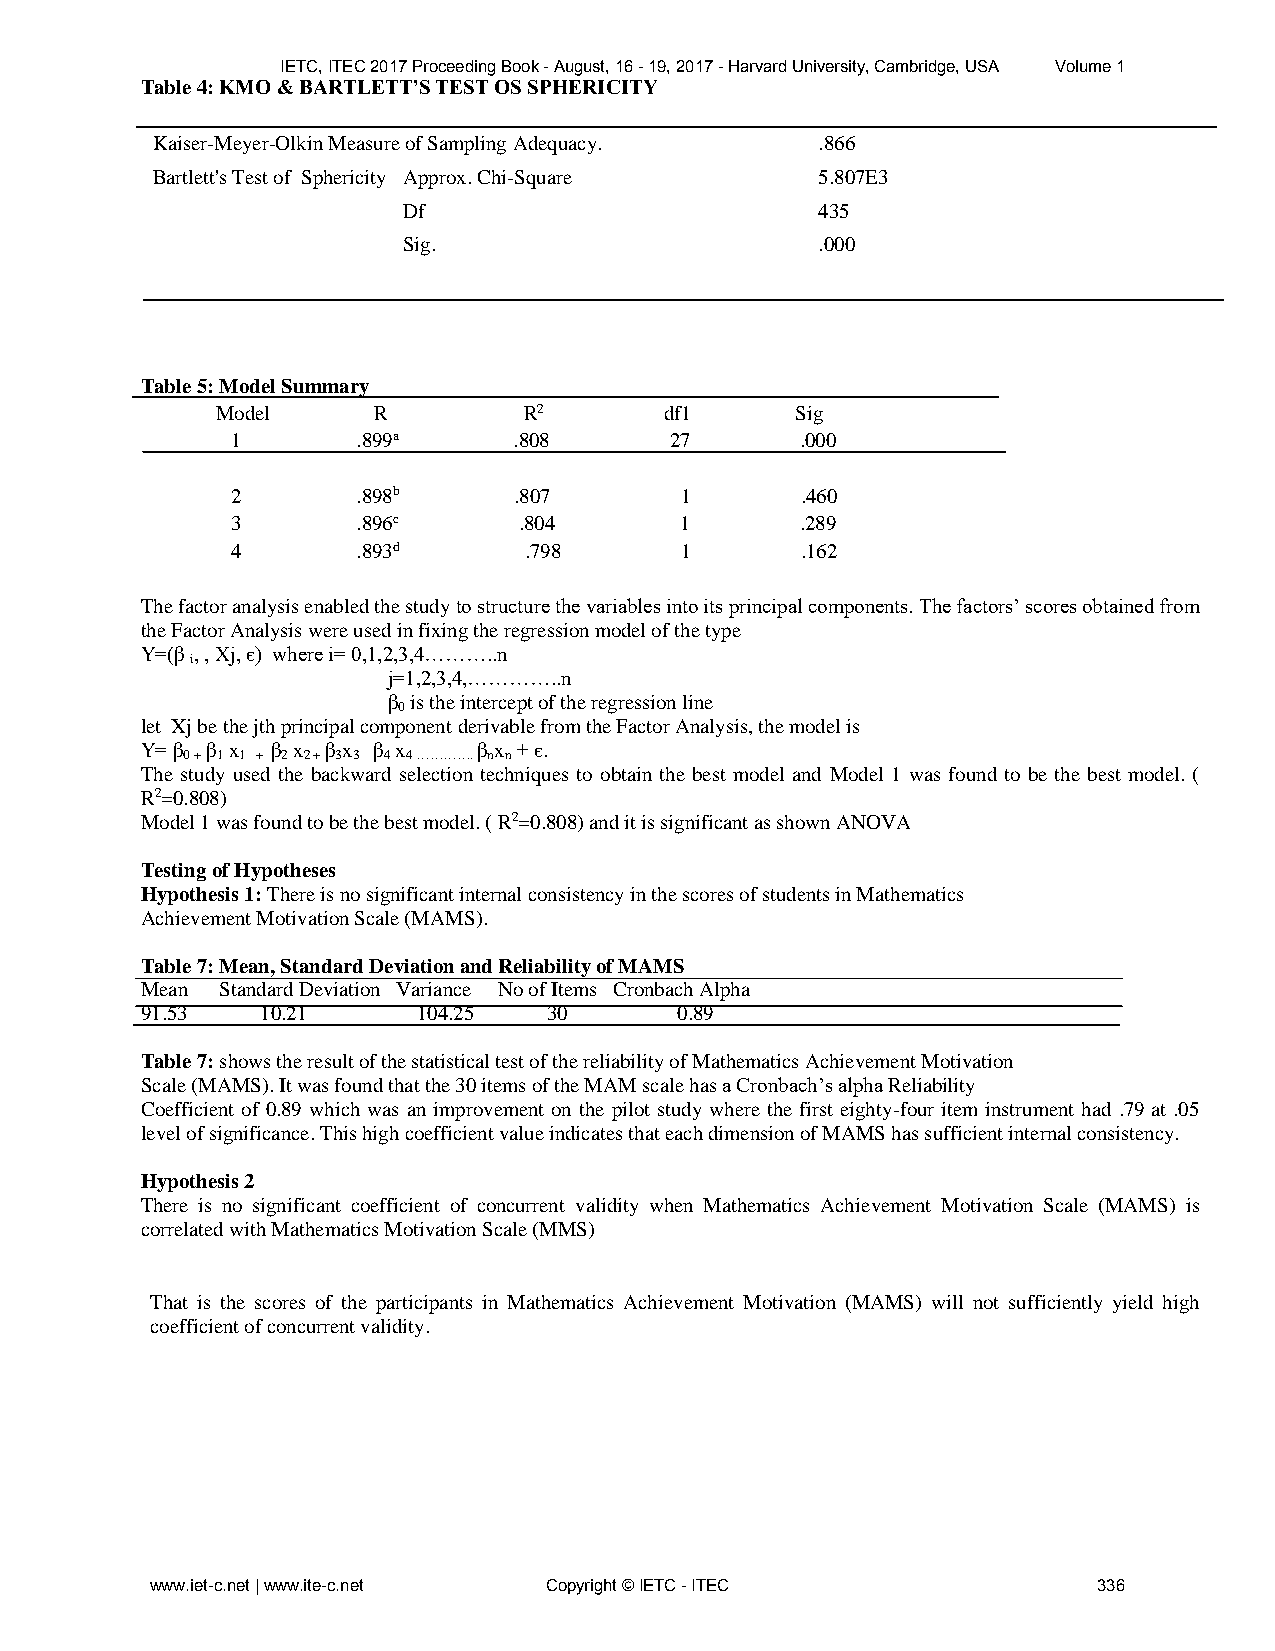
IETC, ITEC 2017 Proceeding Book - August, 16 - 19, 2017 - Harvard University, Cambridge, USA Volume 1
 Table 4: KMO & BARTLETT’S TEST OS SPHERICITY
 Kaiser-Meyer-Olkin Measure of Sampling Adequacy. .866
 Bartlett's Test of Sphericity Approx. Chi-Square 5.807E3
 Df                         435
 Sig.                       .000
 Table 5: Model Summary
 Model      R         R2       df1      Sig
 1        .899a     .808      27       .000
 2        .898b     .807       1       .460
 3        .896c     .804       1       .289
 4        .893d      .798      1       .162
 The factor analysis enabled the study to structure the variables into its principal components. The factors’ scores obtained from
 the Factor Analysis were used in fixing the regression model of the type
 Y=(β , , Xj, є) where i= 0,1,2,3,4………..n
 i
 j=1,2,3,4,…………..n
 β is the intercept of the regression line
 0
 let Xj be the jth principal component derivable from the Factor Analysis, the model is
 Y= β β x β x β x β x   β x + є.
 0 + 1 1 + 2 2 + 3 3 4 4 …………. n n
 The study used the backward selection techniques to obtain the best model and Model 1 was found to be the best model. (
 R2=0.808)
 Model 1 was found to be the best model. ( R2=0.808) and it is significant as shown ANOVA
 Testing of Hypotheses
 Hypothesis 1: There is no significant internal consistency in the scores of students in Mathematics
 Achievement Motivation Scale (MAMS).
 Table 7: Mean, Standard Deviation and Reliability of MAMS
 Mean  Standard Deviation Variance No of Items Cronbach Alpha
 91.53   10.21      104.25  30       0.89
 Table 7: shows the result of the statistical test of the reliability of Mathematics Achievement Motivation
 Scale (MAMS). It was found that the 30 items of the MAM scale has a Cronbach’s alpha Reliability
 Coefficient of 0.89 which was an improvement on the pilot study where the first eighty-four item instrument had .79 at .05
 level of significance. This high coefficient value indicates that each dimension of MAMS has sufficient internal consistency.
 Hypothesis 2
 There is no significant coefficient of concurrent validity when Mathematics Achievement Motivation Scale (MAMS) is
 correlated with Mathematics Motivation Scale (MMS)
 That is the scores of the participants in Mathematics Achievement Motivation (MAMS) will not sufficiently yield high
 coefficient of concurrent validity.
 www.iet-c.net | www.ite-c.net Copyright © IETC - ITEC          336